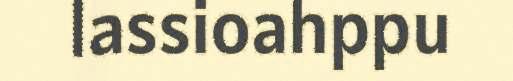
lassioahppu